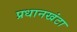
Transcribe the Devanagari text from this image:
प्रधानखंटा